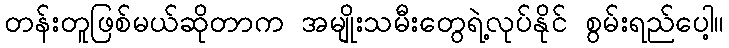
တန်းတူဖြစ်မယ်ဆိုတာက အမျိုးသမီးတွေရဲ့လုပ်နိုင် စွမ်းရည်ပေါ့။